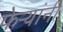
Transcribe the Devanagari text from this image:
फेऱ्यांनी